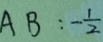
A B : - \frac { 1 } { 2 }